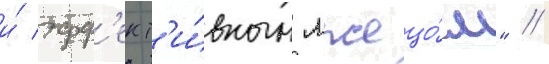
и́ эфф'ект'и́вным лжецо́м" /